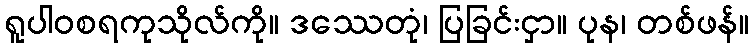
ရူပါဝစရကုသိုလ်ကို။ ဒဿေတုံ၊ ပြခြင်းငှာ။ ပုန၊ တစ်ဖန်။